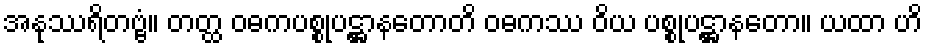
အနုဿရိတဗ္ဗံ။ တတ္ထ ဝဓကပစ္စုပဋ္ဌာနတောတိ ဝဓကဿ ဝိယ ပစ္စုပဋ္ဌာနတော။ ယထာ ဟိ